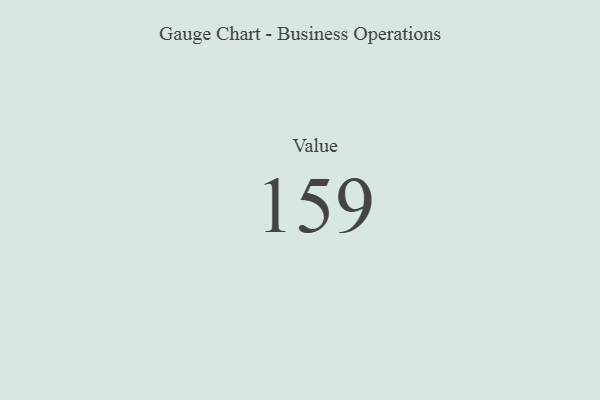
{"axis": {"x": "Metric", "y": "Value"}, "legend": [""], "data": [{"x": "Value", "y": 159, "type": ""}]}